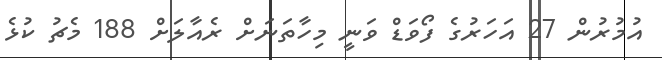
އުމުރުން 27 އަހަރުގެ ފޯވަޑް ވަނީ މިހާތަނަށް ރެއާލަށް 188 މެޗު ކުޅެ